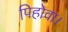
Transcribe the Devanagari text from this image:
पिहोवा।